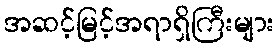
အဆင့်မြင့်အရာရှိကြီးများ